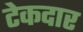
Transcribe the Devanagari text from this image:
टेकदार